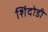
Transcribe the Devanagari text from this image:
शिंदोडी